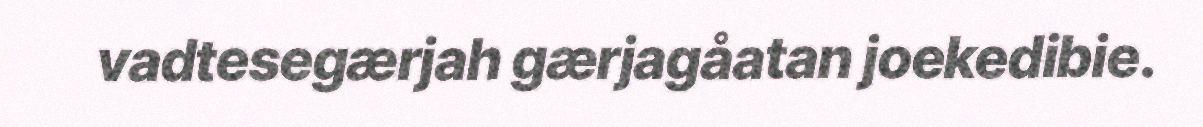
vadtesegærjah gærjagåatan joekedibie.